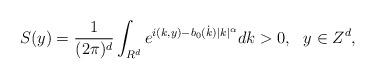
LaTeX: \begin{align*}S(y)=\frac{1}{(2\pi)^{d}}\int_{R^d} e^{i(k,y)-b_0(\dot{k})|k|^{\alpha}}dk>0,~~y\in Z^d,\end{align*}